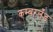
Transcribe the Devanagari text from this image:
कम्बरलँड